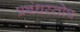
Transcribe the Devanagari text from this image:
प्रबंधस्तोत्र